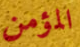
المؤمن